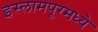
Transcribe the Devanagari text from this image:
इस्लामपूरमध्ये